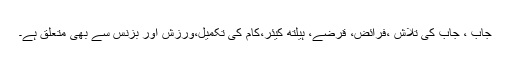
جاب ، جاب کی تلاش ،فرائض، قرضے، ہیلتھ کیئر،کام کی تکمیل،ورزش اور بزنس سے بھی متعلق ہے۔